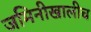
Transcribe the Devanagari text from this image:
जमिनीखालीच